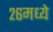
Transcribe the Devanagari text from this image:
२६मध्ये